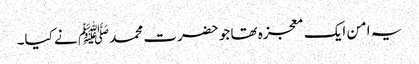
یہ امن ایک معجزہ تھا جو حضرت محمدﷺ نے کیا۔